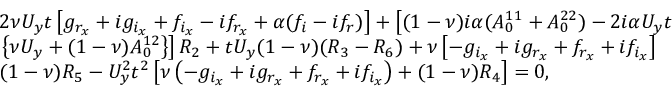
\begin{array} { r l } & { 2 \nu U _ { y } t \left[ g _ { r _ { x } } + i g _ { i _ { x } } + f _ { i _ { x } } - i f _ { r _ { x } } + \alpha ( f _ { i } - i f _ { r } ) \right] + \left[ ( 1 - \nu ) i \alpha ( A _ { 0 } ^ { 1 1 } + A _ { 0 } ^ { 2 2 } ) - 2 i \alpha U _ { y } t \right. } \\ & { \left. \left\{ \nu U _ { y } + ( 1 - \nu ) A _ { 0 } ^ { 1 2 } \right\} \right] R _ { 2 } + t U _ { y } ( 1 - \nu ) ( R _ { 3 } - R _ { 6 } ) + \nu \left[ - g _ { i _ { x } } + i g _ { r _ { x } } + f _ { r _ { x } } + i f _ { i _ { x } } \right] } \\ & { ( 1 - \nu ) R _ { 5 } - U _ { y } ^ { 2 } t ^ { 2 } \left[ \nu \left( - g _ { i _ { x } } + i g _ { r _ { x } } + f _ { r _ { x } } + i f _ { i _ { x } } \right) + ( 1 - \nu ) R _ { 4 } \right] = 0 , } \end{array}